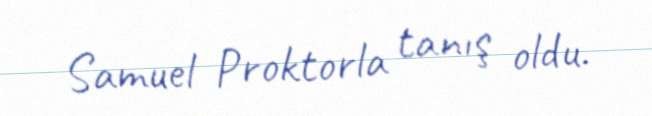
Samuel Proktorla tanış oldu.